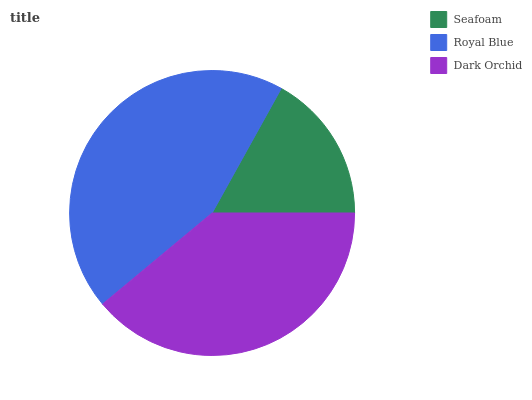
| Seafoam | Royal Blue | Dark Orchid |
 | --- | --- | --- |
 | 16.9% | 44.1% | 39% |